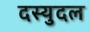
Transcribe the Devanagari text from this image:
दस्युदल